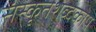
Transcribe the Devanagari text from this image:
संस्कृतशब्दकोष